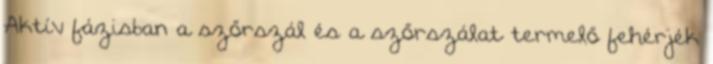
Aktív fázisban a szőrszál és a szőrszálat termelő fehérjék